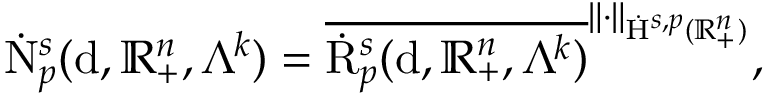
\begin{array} { r } { \dot { \mathrm { N } } _ { p } ^ { s } ( \mathrm { d } , \mathbb { R } _ { + } ^ { n } , \Lambda ^ { k } ) = \overline { { \dot { \mathrm { R } } _ { p } ^ { s } ( \mathrm { d } , \mathbb { R } _ { + } ^ { n } , \Lambda ^ { k } ) } } ^ { \lVert \cdot \rVert _ { \dot { \mathrm { H } } ^ { s , p } ( \mathbb { R } _ { + } ^ { n } ) } } \mathrm { , ~ } } \end{array}